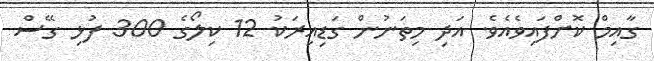
ގާއިމް ކޮށްފައިވެއެވެ. އަދި މިތަނުން ގަޑިއިރަކު 12 ކިލޯގެ 300 ފުޅި ގޭސް